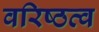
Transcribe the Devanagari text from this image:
वरिष्ठत्व